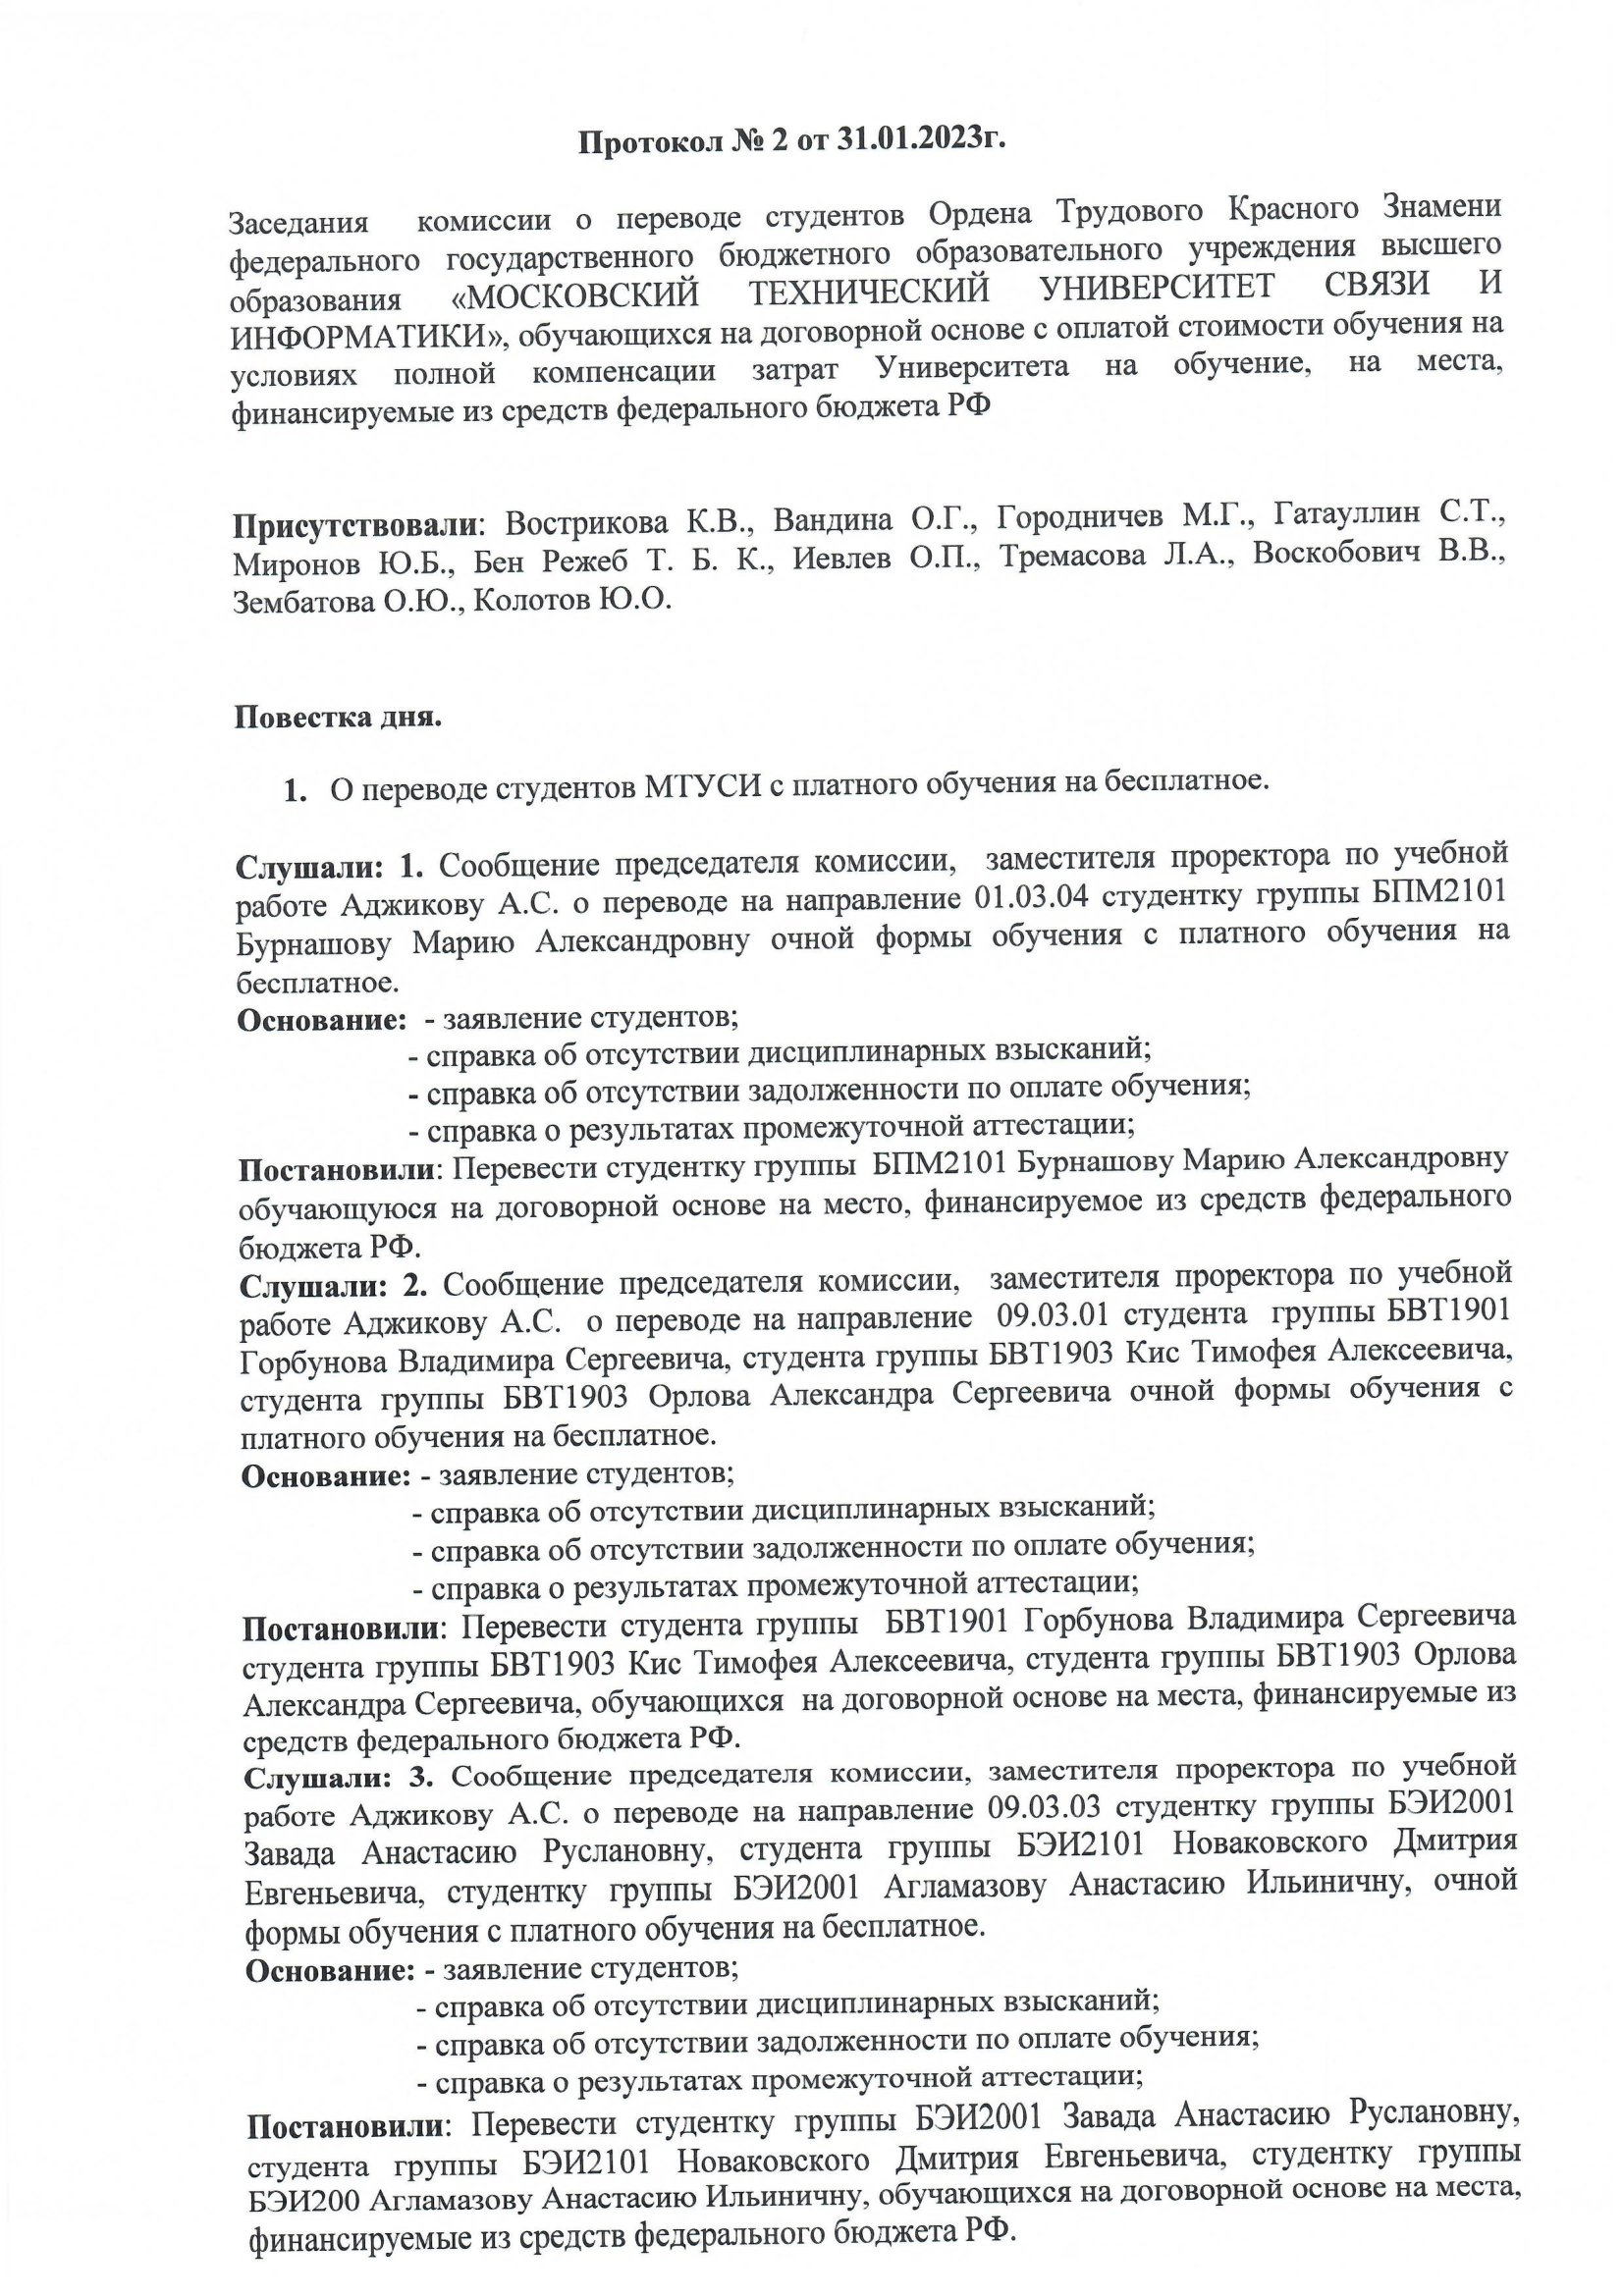
Language: ru